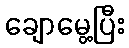
ချောမွေ့ပြီး